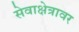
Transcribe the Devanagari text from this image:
सेवाक्षेत्रावर